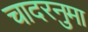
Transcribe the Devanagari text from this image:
चादरनुमा